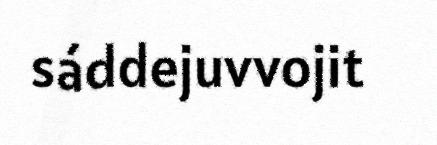
sáddejuvvojit